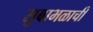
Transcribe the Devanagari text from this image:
सुबाभळाची